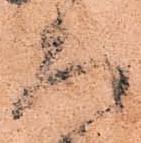
ろ